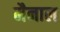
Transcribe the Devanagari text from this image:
मैनाल